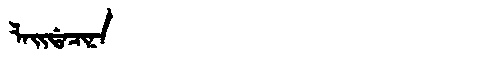
Manchu: ᠯᠠᡳᡩᠠᠴᡳᠨᠠ
Romanization: LAIDACINA